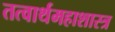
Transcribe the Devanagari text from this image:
तत्वार्थमहाशास्त्र